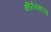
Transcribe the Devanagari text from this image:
कीर्तनकारच